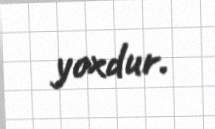
yoxdur.